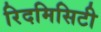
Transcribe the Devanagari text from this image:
रिदमिसिटी